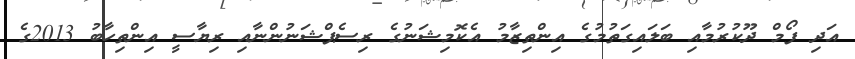
އަދި ފޯމް ދޫކުރުމާއި ބަލައިގަތުމުގެ އިންތިޒާމު އެކޮމިޝަނުގެ ރިސެޕްޝަނުންނާއި ރިޔާސީ އިންތިހާބު 2013ގެ